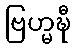
ဗြဟ္မဍ္ဎီ